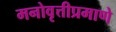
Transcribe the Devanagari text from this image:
मनोवृत्तीप्रमाणे